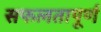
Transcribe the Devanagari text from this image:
सफलतापूर्ण